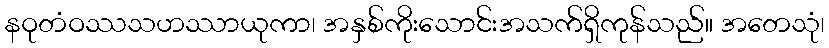
နဝုတံဝဿသဟဿာယုကာ၊ အနှစ်ကိုးသောင်းအသက်ရှိကုန်သည်။ အတေသုံ၊